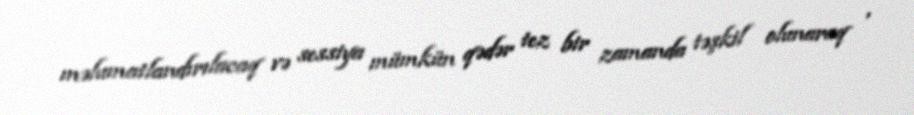
məlumatlandırılacaq və sessiya mümkün qədər tez bir zamanda təşkil olunaraq ,